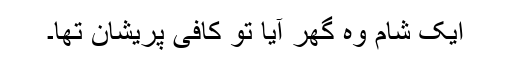
ایک شام وہ گھر آیا تو کافی پریشان تھا۔